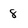
Character: 8